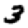
Digit: 3